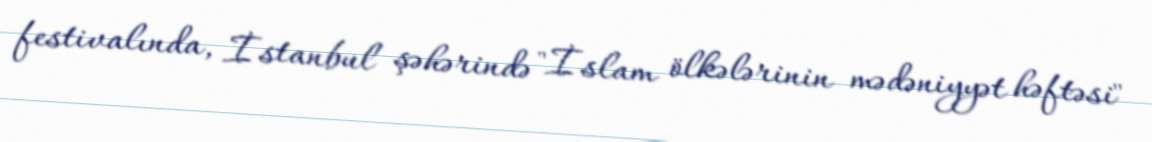
festivalında, İstanbul şəhərində "İslam ölkələrinin mədəniyyət həftəsi"